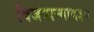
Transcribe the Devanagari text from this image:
विजयान्माद३०